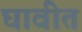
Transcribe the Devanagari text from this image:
घावीत